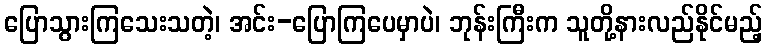
ပြောသွားကြသေးသတဲ့၊ အင်း-ပြောကြပေမှာပဲ၊ ဘုန်းကြီးက သူတို့နားလည်နိုင်မည့်